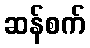
ဆန်စက်